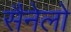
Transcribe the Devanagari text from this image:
सैनेलो